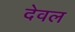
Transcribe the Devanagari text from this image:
देवल